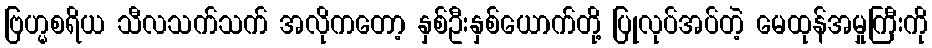
ဗြဟ္မစရိယ သီလသက်သက် အလိုကတော့ နှစ်ဦးနှစ်ယောက်တို့ ပြုလုပ်အပ်တဲ့ မေထုန်အမှုကြီးကို